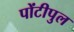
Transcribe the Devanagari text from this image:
पोंटीपुल